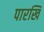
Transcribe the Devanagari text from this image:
पारखि